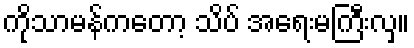
ကိုသာမန်ကတော့ သိပ် အရေးမကြီးလှ။